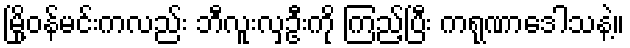
မြို့ဝန်မင်းကလည်း ဘီလူးလှဦးကို ကြည့်ပြီး ကရုဏာဒေါသနဲ့။